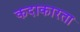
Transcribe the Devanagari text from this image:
कदाकारता